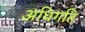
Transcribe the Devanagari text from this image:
अधिगति